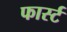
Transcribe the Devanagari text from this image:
फार्स्ट